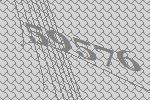
59576